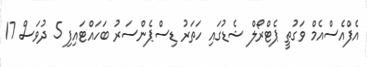
އެފްއެސްއެމް ވަގުތީ ޕެޓްރޯލް ޝެޑުގައި ހަތަރު ޑިސްޕެންސަރު ބަހައްޓައިފި 5 ދުވަސް 17